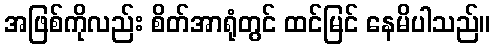
အဖြစ်ကိုလည်း စိတ်အာရုံတွင် ထင်မြင် နေမိပါသည်။